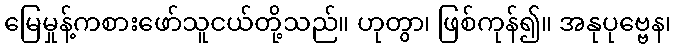
မြေမှုန့်ကစားဖော်သူငယ်တို့သည်။ ဟုတွာ၊ ဖြစ်ကုန်၍။ အနုပုဗ္ဗေန၊